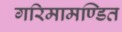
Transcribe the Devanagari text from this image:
गरिमामण्डित